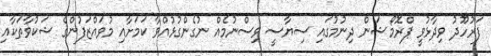
ފަރުހޫދު ވިދާޅުވީ ޕްރޮމޯޝަން ދިނުމުގައި ސިޔާސީ ވިސްނުމެއް ނުގެންގުޅުއްވާ ކަމަށާއި މުވައްޒަފުންގެ ޝަކުވާތަކާއި